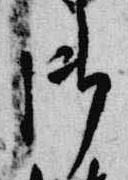
御